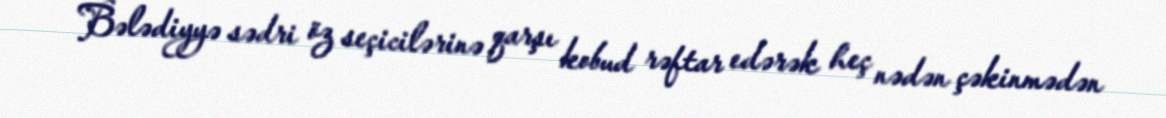
Bələdiyyə sədri öz seçicilərinə qarşı kobud rəftar edərək heç nədən çəkinmədən